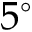
5 ^ { \circ }